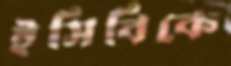
ইসিবিকে